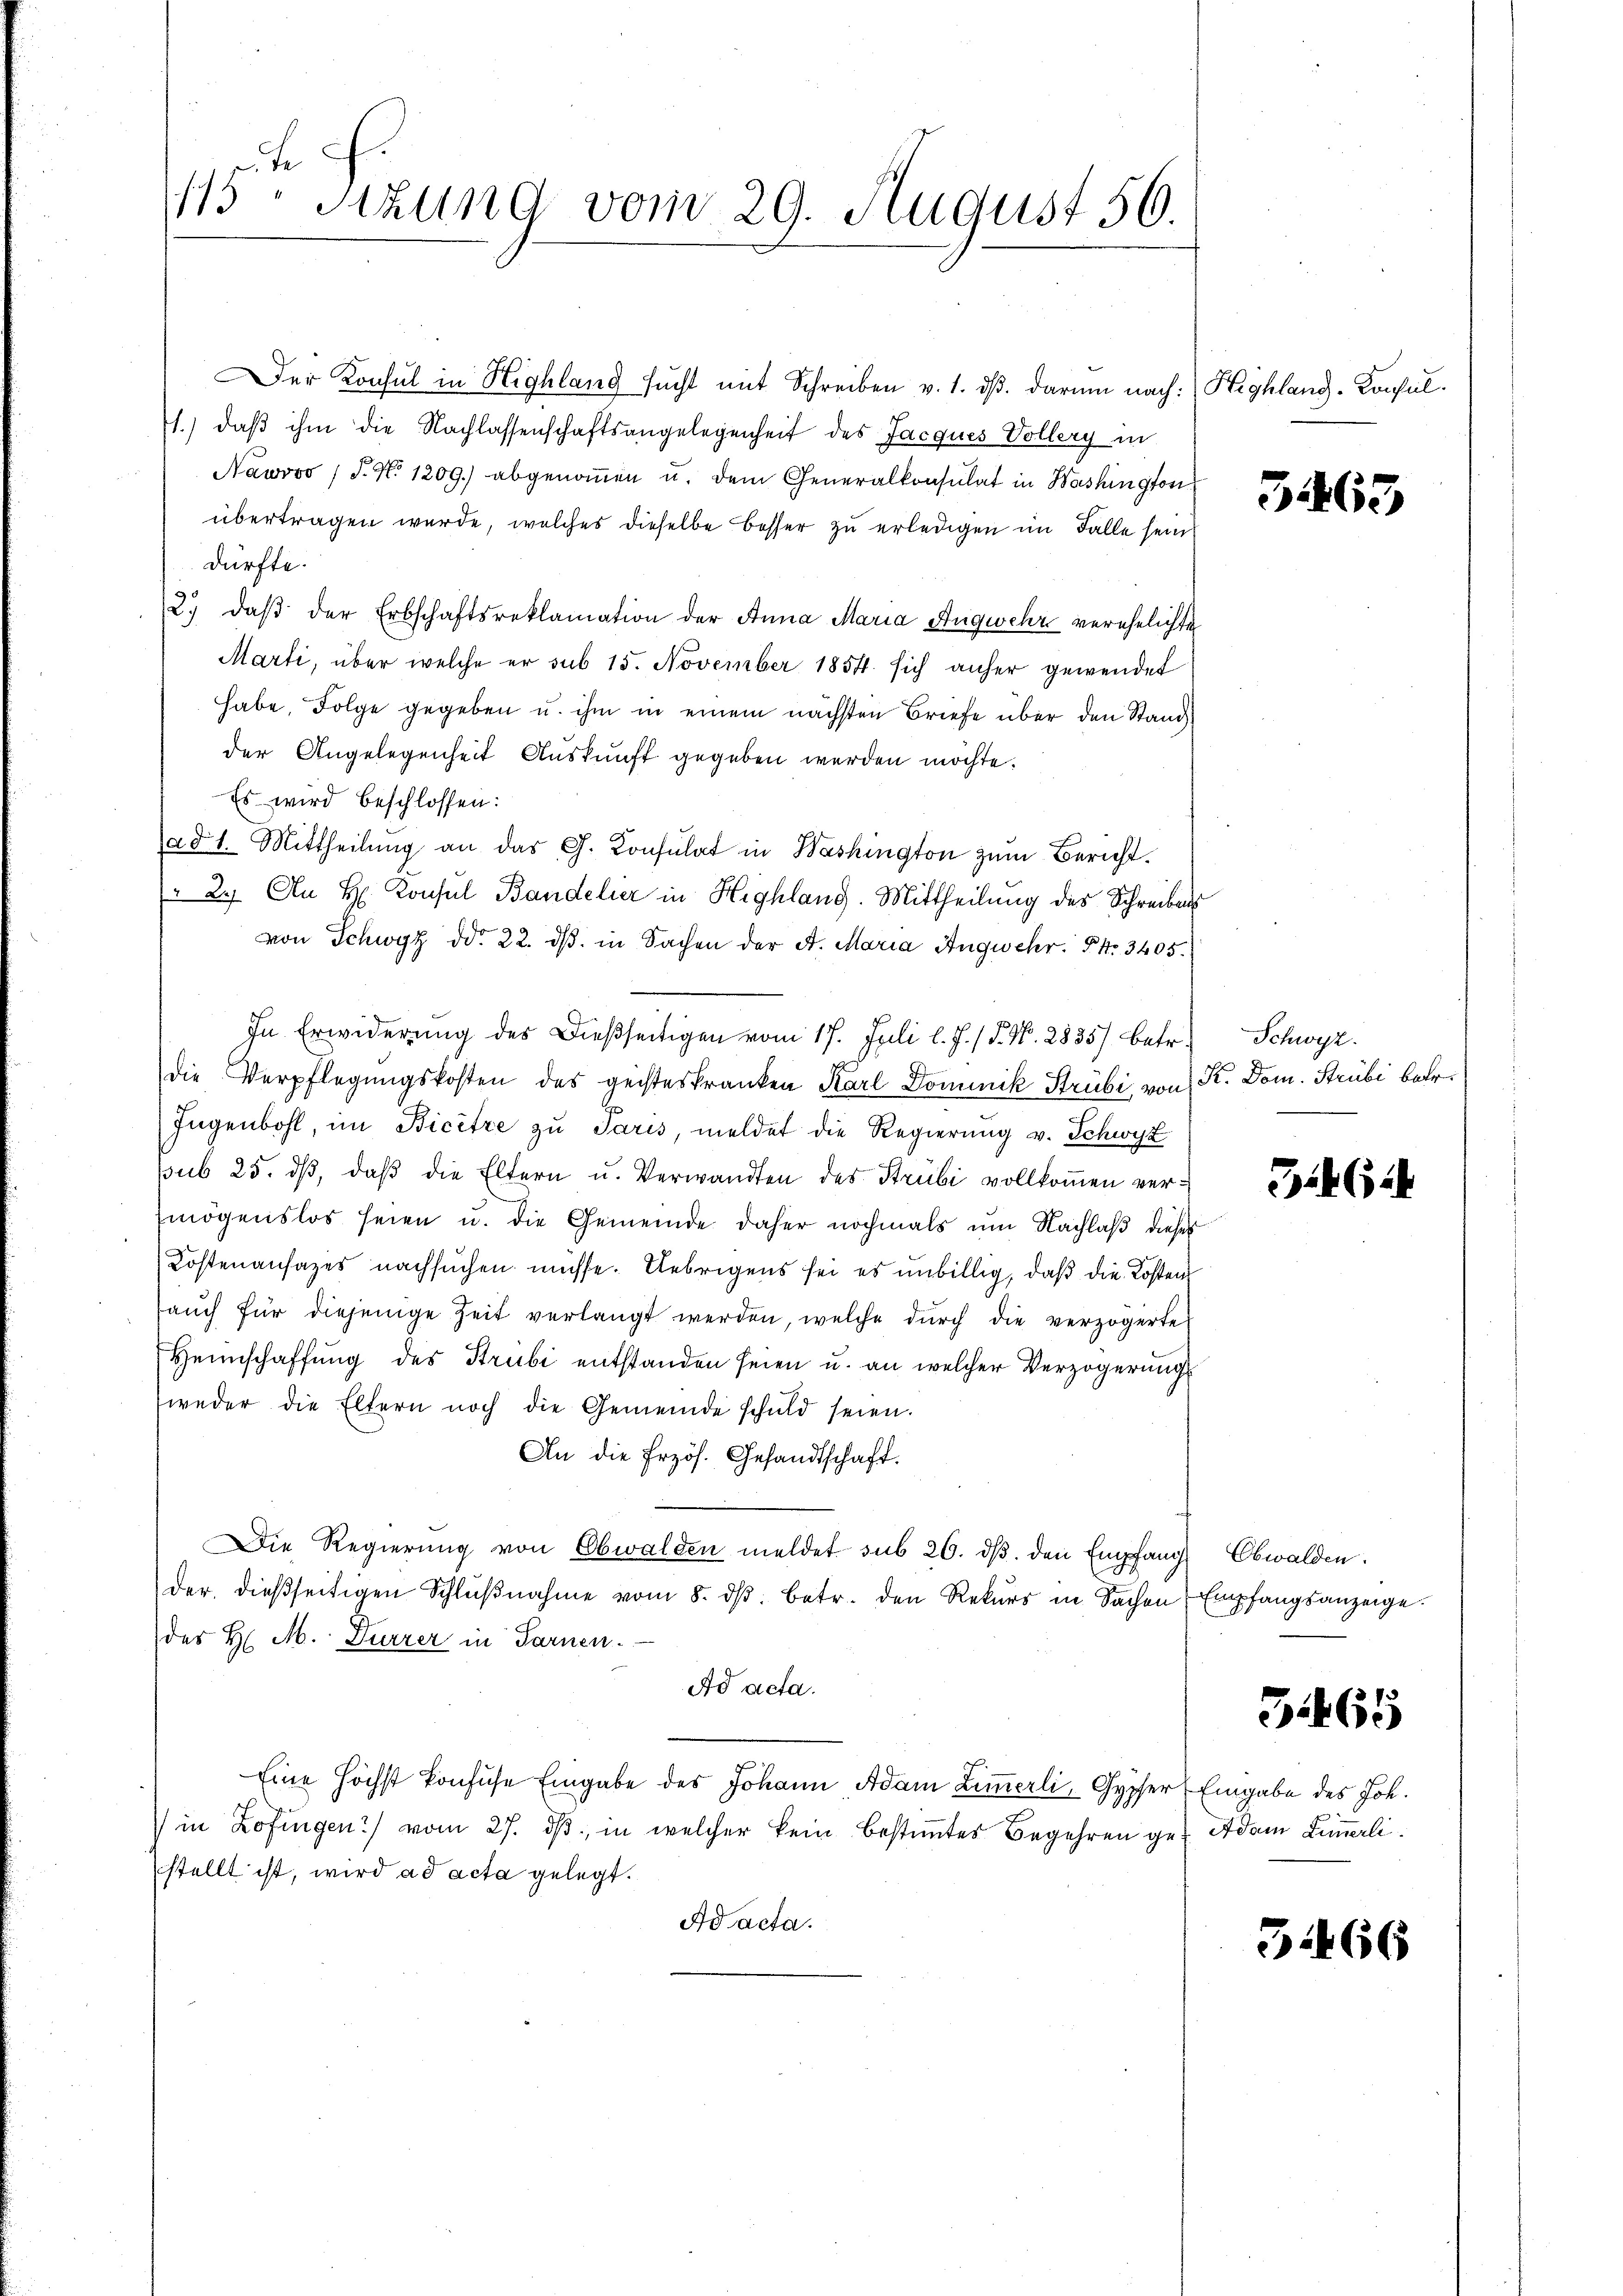
1115 Stzung vom 29. August 56.

Der Konsul in Highlang sucht mit Schreiben v. 1. dβ. darum nach: (Highland-Consul
1.) daβ ihm die Nachlassenschaftsangelegenheit des Jacques Vollery in
Nawvoo /d. N. 1209) abgenoṁen u. dem Generalkonsulat in Washington
übertragen wurde, welches dieselbe besser zu erledigen im Falle sein
dürfte.
2. daβ der Erbschaftsreklamation der Anna Maria Augwehr verehelichte
Marti, über welche er sub 15. November 1854 sich anher gewendet
habe, Folge gegeben u. ihm in einem nächsten Briefe über den Stand
der Angelegenheit Auskunft gegeben werden möchte.
Es wird beschlossen:
ad 1. Mittheilŭng an das G. Konsulat in Washington zŭm Bericht.
 2. An H. Konsul Bandelier in Highlang. Mittheilung des Schreiben
von Schwyz ddo 22. dβ in Sachen der A. Maria Angwehr. Pr. 3405.
In Erwiderung des Dießseitigen vom 17. Juli l. J. / P. Nr. 2835) betr.
die Verpflegungskosten des geisteskranken Karl Dominik Strubi von Sr. Dom. Strubi betr.
Jugenbohl, im Bicitze zu Paris, meldet die Regierung v. Schwyz
sub 25. dβ, daß die Eltern u. Verwandten des Strubi vollkommen vermögenslos seien u. die Gemeinde daher nochmals um Nachlaß dieses
Kostenansazes nachsuchen müsse. Uebrigens sei es unbillig, daß die Kosten
aŭch für diejenige Zeit verlangt werden, welche dŭrch die verzögerte
Heimschaffung des Strubi entstanden seien u. an welcher Verzögerungs
weder die Eltern noch die Gemeinde schuld seien.
An die Erzös. Gesandtschaft.
Die Regierŭng von Obwalden meldet sub 26. dβ. den Empfang Obwalden.
der dießseitigen Schlŭβnahme vom 8. dβ. betr. den Rekŭrs in Sachen Empfangsanzeige.
des H. M. Dürrer in Sarnen.
Ad acta.
Eine höchst konfuse Eingabe des Johann Adam Zimmerli, Gypser Eingabe des Joh.
) in Zofingen) vom 27. dβ in welcher kein bestiṁtes Begehren ge- Adam Zimmerlistellt ist, wird ad acta gelegt.
Ad acta.

5463

Schwyz.

346

34

6

31466